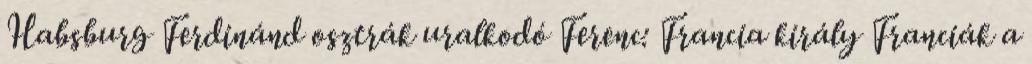
Habsburg Ferdinánd osztrák uralkodó Ferenc: Francia király Franciák a